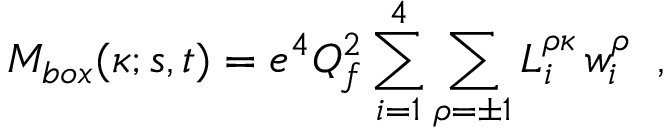
{ \cal M } _ { b o x } ( \kappa ; s , t ) = e ^ { 4 } Q _ { f } ^ { 2 } \sum _ { i = 1 } ^ { 4 } \sum _ { \rho = \pm 1 } L _ { i } ^ { \rho \kappa } \, w _ { i } ^ { \rho } \; \; ,